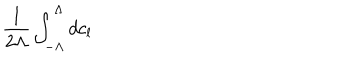
LaTeX: \frac { 1 } { 2 \Lambda } \int _ { - \Lambda } ^ { \Lambda } d c _ { l }